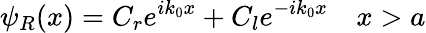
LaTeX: \psi_{R}(x)=C_{r}e^{ik_{0}x}+C_{l}e^{-ik_{0}x}\quad x>a